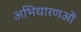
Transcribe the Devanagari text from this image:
अभिधारणओं